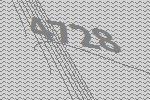
4728